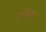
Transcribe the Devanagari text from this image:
मनोकाङ्क्षा